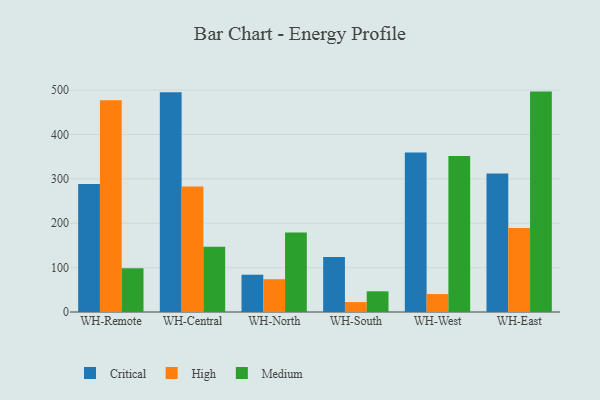
{"axis": {"x": "Warehouse", "y": "Budget (USD K)"}, "legend": ["Critical", "High", "Medium"], "data": [{"x": "WH-Remote", "y": 288.5, "type": "Critical"}, {"x": "WH-Remote", "y": 477.0, "type": "High"}, {"x": "WH-Remote", "y": 98.5, "type": "Medium"}, {"x": "WH-Central", "y": 495.0, "type": "Critical"}, {"x": "WH-Central", "y": 283.0, "type": "High"}, {"x": "WH-Central", "y": 146.9, "type": "Medium"}, {"x": "WH-North", "y": 84.0, "type": "Critical"}, {"x": "WH-North", "y": 73.9, "type": "High"}, {"x": "WH-North", "y": 179.3, "type": "Medium"}, {"x": "WH-South", "y": 123.9, "type": "Critical"}, {"x": "WH-South", "y": 22.3, "type": "High"}, {"x": "WH-South", "y": 46.6, "type": "Medium"}, {"x": "WH-West", "y": 359.3, "type": "Critical"}, {"x": "WH-West", "y": 40.4, "type": "High"}, {"x": "WH-West", "y": 351.5, "type": "Medium"}, {"x": "WH-East", "y": 312.2, "type": "Critical"}, {"x": "WH-East", "y": 189.2, "type": "High"}, {"x": "WH-East", "y": 496.7, "type": "Medium"}]}